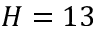
H = 1 3